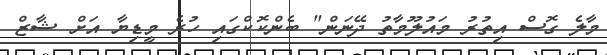
މާލެ ގޮސް އިތުރު މައުލޫމާތު ދޭނަން" ބެންކޮކްގައި ހުރެ މީޑިޔާ އަށް ޝާޒް